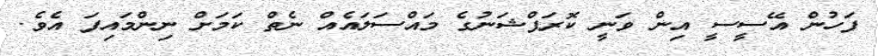
ފަހުން އޭސީސީ އިން ވަނީ ކޮރަޕްޝަނުގެ މައްސަލައެއް ނެތް ކަމަށް ނިންމައިފަ އެވެ.